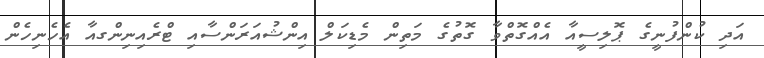
އަދި ކުންފުނީގެ ޕޮލިސީއާ އެއްގޮތްވާ ގޮތުގެ މަތިން މެޑިކަލް އިންޝުއަރަންސާއި ޓްރެއިނިންގއާ އެހެނިހެން